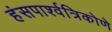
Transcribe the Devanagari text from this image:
हंसपार्श्वत्रिकोणे